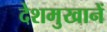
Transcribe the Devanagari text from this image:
देशमुखानें